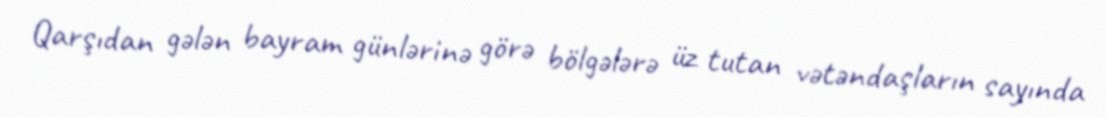
Qarşıdan gələn bayram günlərinə görə bölgələrə üz tutan vətəndaşların sayında